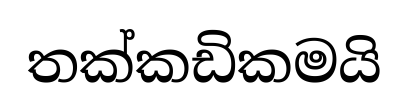
තක්කඩිකමයි